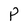
Character: P